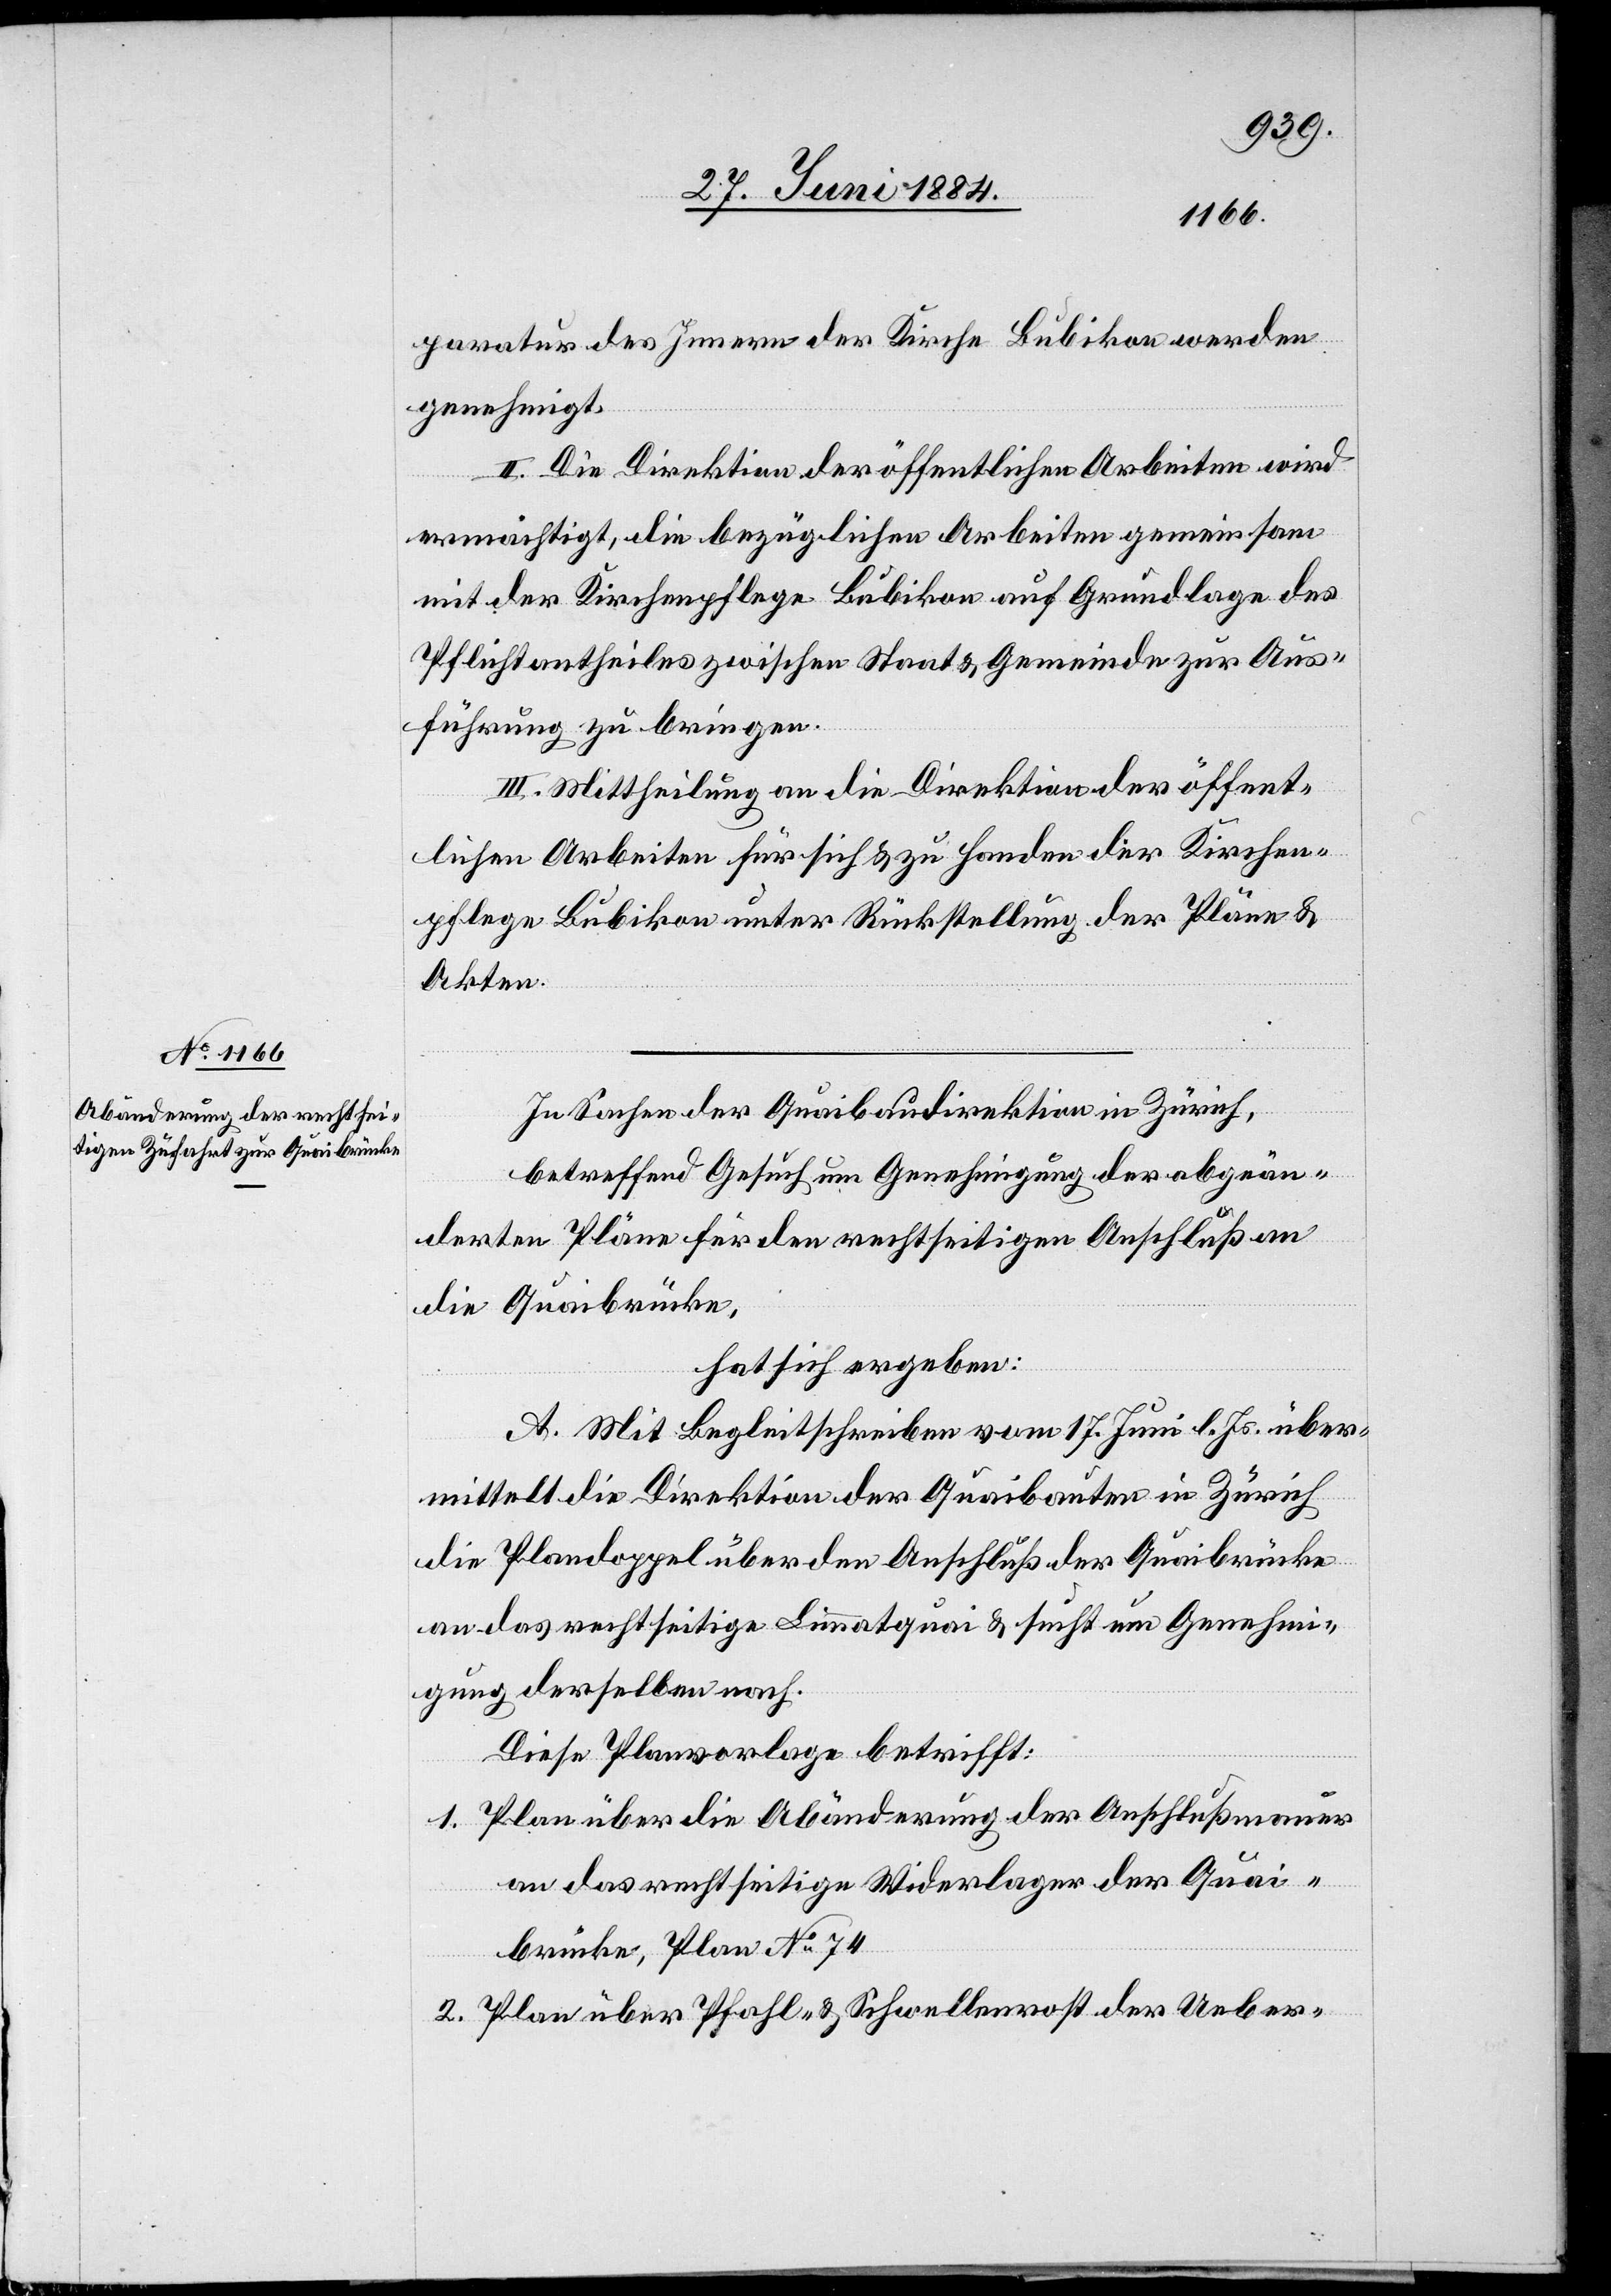
paratur des Innern der Kirche Bubikon werden
genehmigt.
II. Die Direktion der öffentlichen Arbeiten wird
ermächtigt, die bezüglichen Arbeiten gemeinsam
mit der Kirchenpflege Bubikon auf Grundlage des
Pflichtantheiles zwischen Staat & Gemeinde zur Aus¬
führung zu bringen.
III. Mittheilung an die Direktion der öffent¬
lichen Arbeiten für sich & zu Handen der Kirchen¬
pflege Bubikon unter Rückstellung der Pläne &
Akten.
In Sachen der Quaibaudirektion in Zürich,
betreffend Gesuch um Genehmigung der abgeän¬
derten Pläne für den rechtseitigen Anschluß an
die Quaibrücke,
hat sich ergeben:
A. Mit Begleitschreiben vom 17. Juni l. Js. über¬
mittelt die Direktion der Quaibauten in Zürich
die Plandoppel über den Anschluß der Quaibrücke
an das rechtseitige Limmatquai & sucht um Genehmi¬
gung derselben nach.
Diese Planvorlage betrifft:
1. Plan über die Abänderung der Anschlußmauer
an das rechtseitige Widerlager der Quai¬
brücke, Plan No 74.
2. Plan über Pfahl- & Schwellenrost der Ueber-